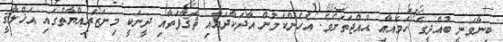
ބިނާވަނީ ބުއްދީގެ ހަމައާއި ޙުއްޖަތަށެވެ. އެހެންކަމުން އާދަކާދައާއި ޘަޤާފަތާއި ދީނަކީ މިނަޒަރިއްޔާތުގައި އަޚްލާޤީ